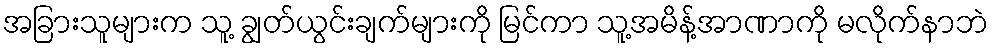
အခြားသူများက သူ့ ချွတ်ယွင်းချက်များကို မြင်ကာ သူ့အမိန့်အာဏာကို မလိုက်နာဘဲ